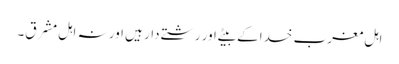
اہل مغرب خدا کے بیٹے اور رشتے دار ہیں اور نہ اہل مشرق۔